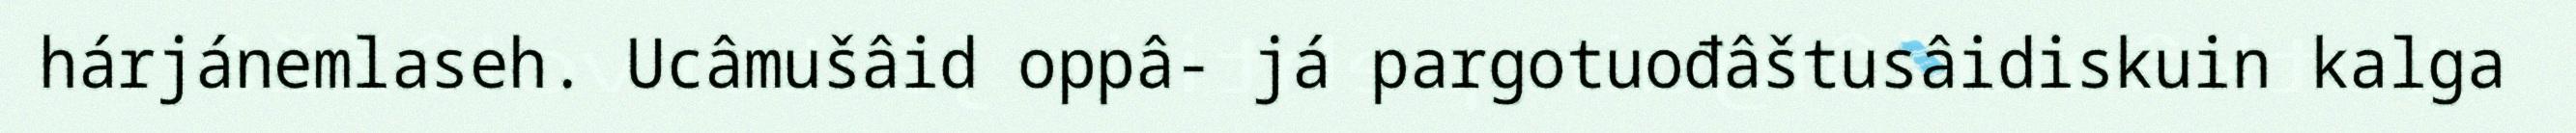
hárjánemlaseh. Ucâmušâid oppâ- já pargotuođâštusâidiskuin kalga